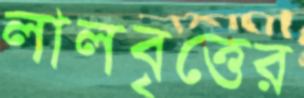
লালবৃত্তের